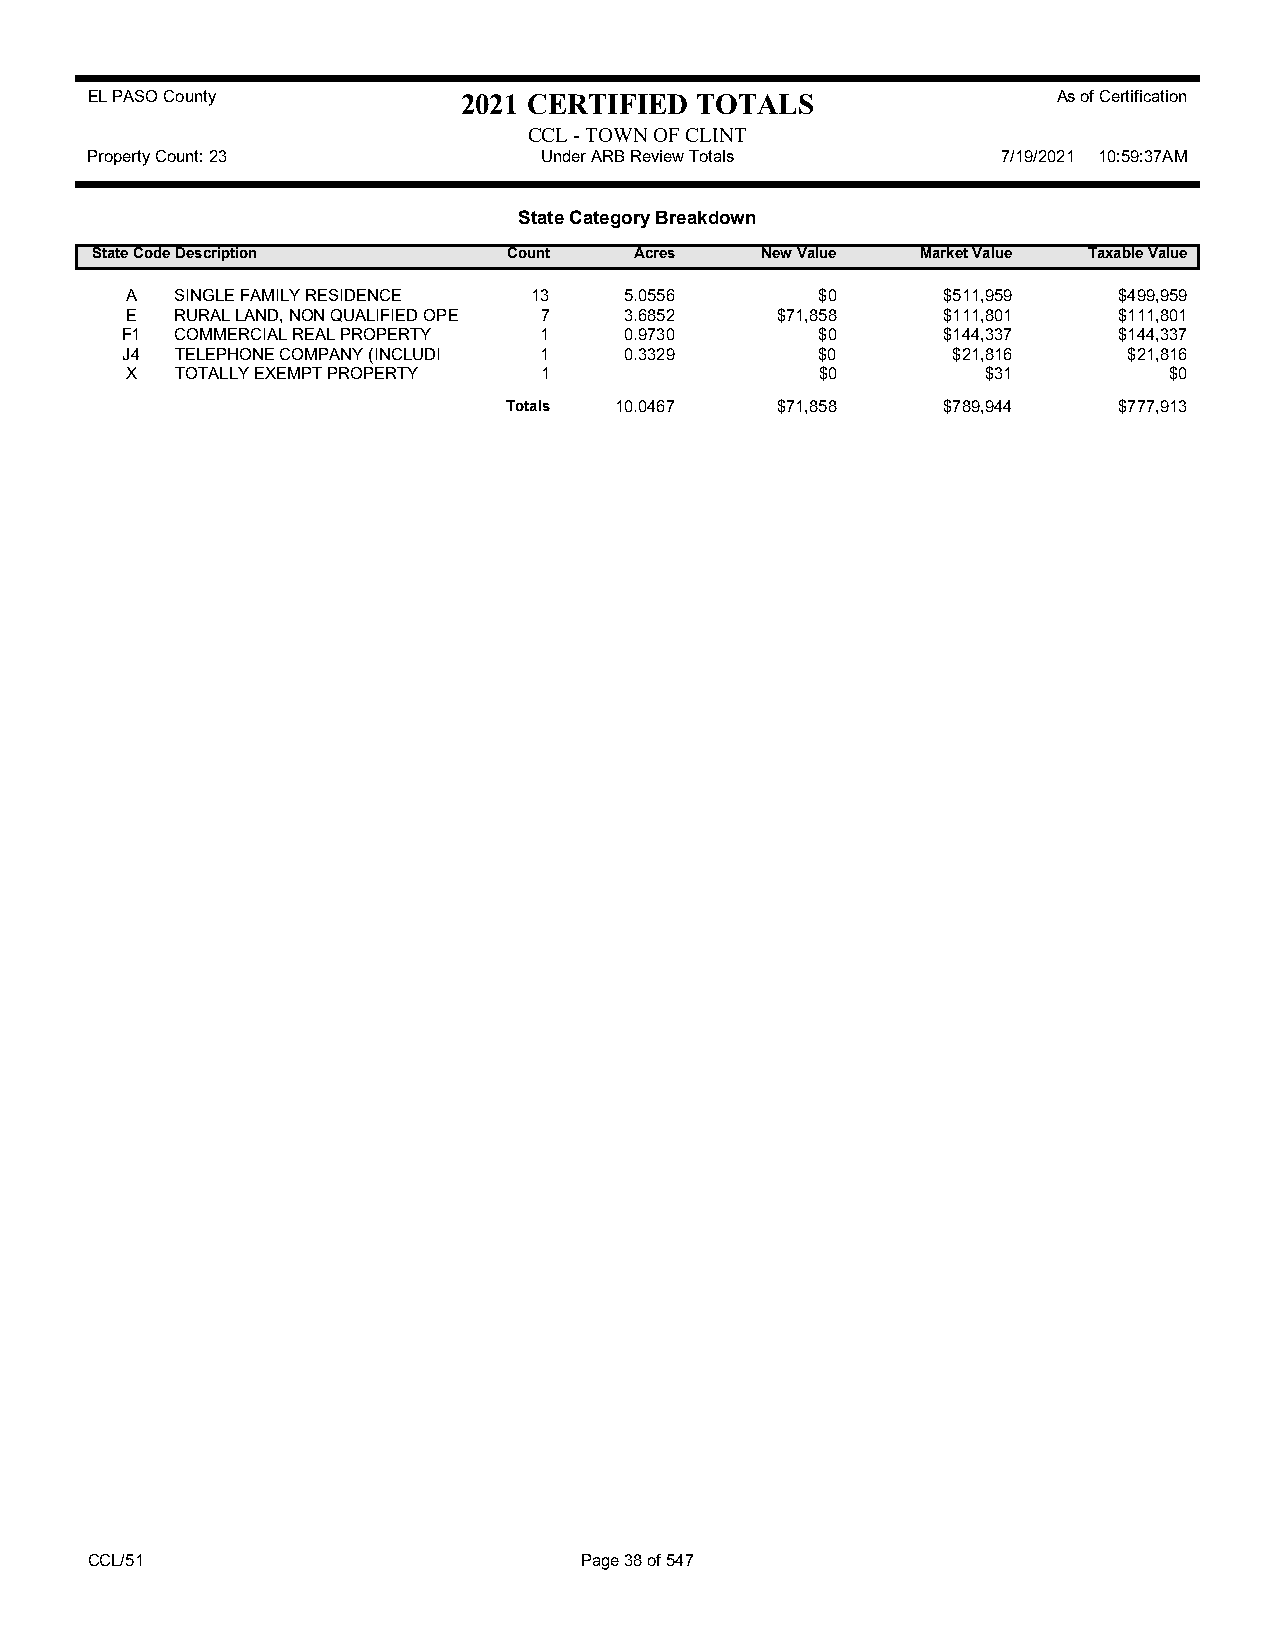
EL PASO County           2021 CERTIFIED TOTALS                  As of Certification
 CCL - TOWN OF CLINT
 Property Count: 23            Under ARB Review Totals       7/19/2021 10:59:37AM
 State Category Breakdown
 State CodeDescription       Count   Acres   New Value  Market Value Taxable Value
 A   SINGLE FAMILY RESIDENCE 13   5.0556       $0      $511,959    $499,959
 E   RURAL LAND, NON QUALIFIED OPE 7 3.6852 $71,858    $111,801    $111,801
 F1  COMMERCIAL REAL PROPERTY 1   0.9730       $0      $144,337    $144,337
 J4  TELEPHONE COMPANY (INCLUDI 1 0.3329       $0       $21,816     $21,816
 X   TOTALLY EXEMPT PROPERTY 1                 $0         $31         $0
 Totals 10.0467   $71,858    $789,944    $777,913
 CCL/51                          Page 38 of 547